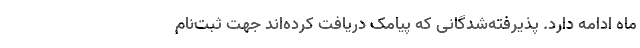
ماه ادامه دارد. پذیرفته‌شدگانی که پیامک دریافت کرده‌اند جهت ثبت‌نام